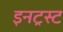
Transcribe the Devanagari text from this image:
इनट्रस्ट